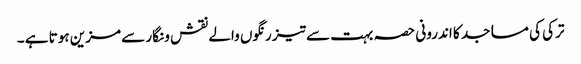
ترکی کی مساجد کا اندرونی حصہ بہت سے تیز رنگوں والے نقش و نگار سے مزین ہوتا ہے ۔